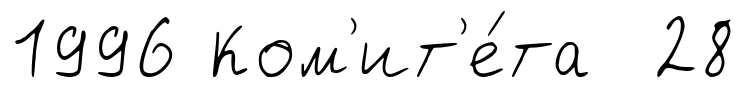
1996 Ком'ит'е́та 28